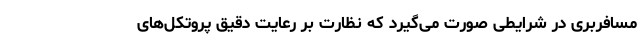
مسافربری در شرایطی صورت می‌گیرد که نظارت بر رعایت دقیق پروتکل‌های